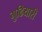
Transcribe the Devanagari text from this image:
गुढियारी